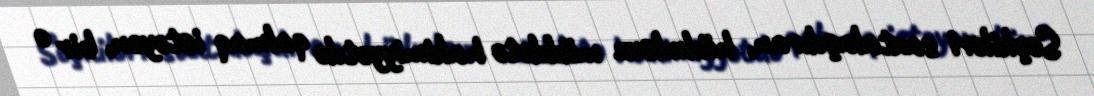
Seçkiləri saxtalaşdıran, hüdudsuz müddətə hakimiyyətdə qalmaq istəyən, bir o